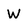
Character: W